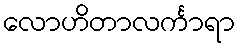
လောဟိတာလင်္ကာရာ